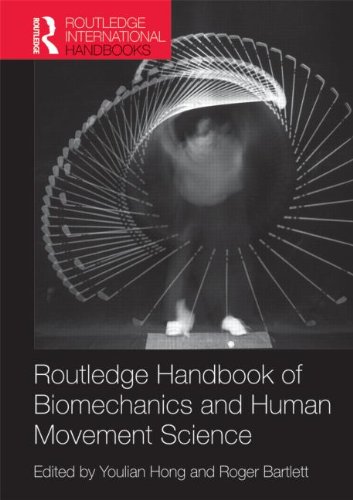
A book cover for Routledge Handbook of Biomechanics and Human Movement Science (Routledge International Handbooks); Science & Math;